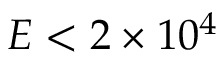
E < 2 \times 1 0 ^ { 4 }